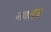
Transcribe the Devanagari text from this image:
नवतंत्र